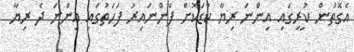
އެގޮތުން ކުރީގައި އިންނަ ރިޔާ ކުޑަކޮށް ފެންނައިރު ފަހަތުގައި އިންނަ ދެ ރިޔާ